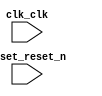

module motion_nios (
	clk_clk,
	reset_reset_n);	

	input		clk_clk;
	input		reset_reset_n;
endmodule